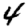
Digit: 4